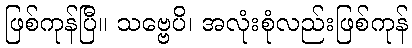
ဖြစ်ကုန်ပြီ။ သဗ္ဗေပိ၊ အလုံးစုံလည်းဖြစ်ကုန်